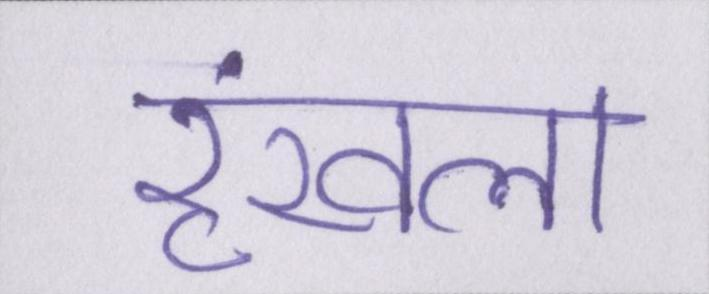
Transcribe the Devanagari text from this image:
रॄंखला